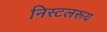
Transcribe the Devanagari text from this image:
निस्टलरूय